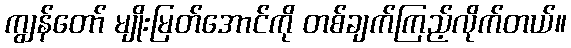
ကျွန်တော် မျိုးမြတ်အောင်ကို တစ်ချက်ကြည့်လိုက်တယ်။